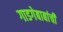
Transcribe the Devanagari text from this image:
गाडगेबाबांची